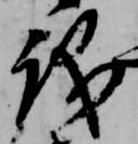
議